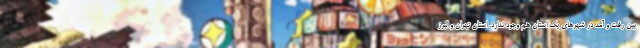
بین رفت و آمد در شهرهای یک استان هم وجود ندارد. استان تهران و البرز